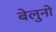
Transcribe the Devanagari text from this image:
बेलुनो